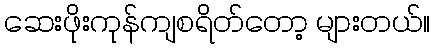
ဆေးဖိုးကုန်ကျစရိတ်တော့ များတယ်။